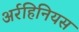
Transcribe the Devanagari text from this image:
अर्रहिनियस